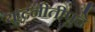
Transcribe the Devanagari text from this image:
युद्धनीतीपुढे